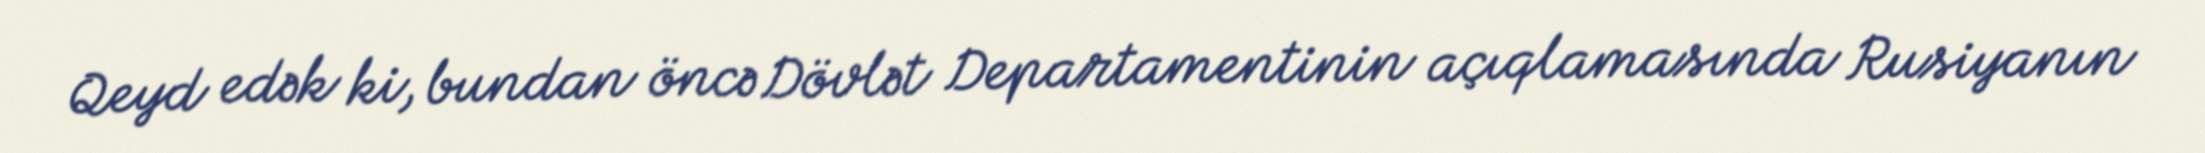
Qeyd edək ki, bundan öncə Dövlət Departamentinin açıqlamasında Rusiyanın